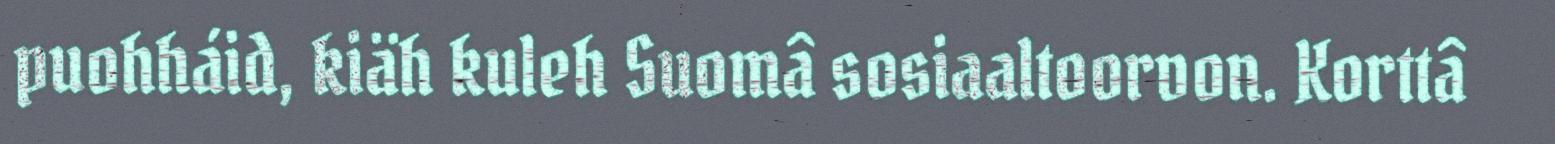
puohháid, kiäh kuleh Suomâ sosiaaltoorvon. Korttâ